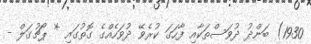
1930) ބަންދު ދުވަސްތަކާއި ފާހަގަ ކުރެވޭ ދުވަހެއްގެ ގޮތުގައި * ޕޯޗުގަލް -